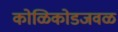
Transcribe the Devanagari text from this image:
कोळिकोडजवळ